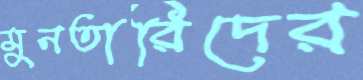
মুনতারিদের